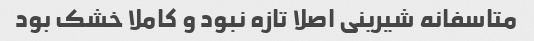
متاسفانه شیرینی اصلا تازه نبود و کاملا خشک بود